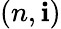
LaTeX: (n,\mathbf{i})